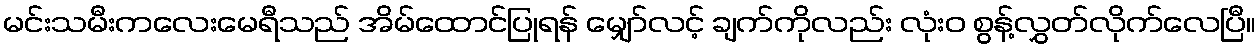
မင်းသမီးကလေးမေရီသည် အိမ်ထောင်ပြုရန် မျှော်လင့် ချက်ကိုလည်း လုံးဝ စွန့်လွှတ်လိုက်လေပြီ။